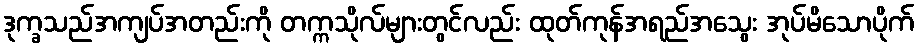
ဒုက္ခသည်အကျပ်အတည်းကို တက္ကသိုလ်များတွင်လည်း ထုတ်ကုန်အရည်အသွေး အုပ်မိသောပိုက်